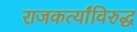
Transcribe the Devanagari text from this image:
राजकर्त्यांविरुद्ध